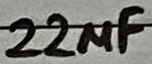
Text: 22µF